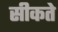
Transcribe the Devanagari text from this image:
सीकते